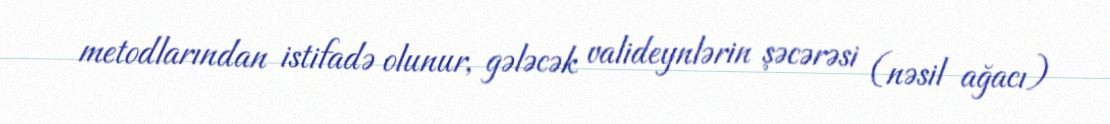
metodlarından istifadə olunur, gələcək valideynlərin şəcərəsi (nəsil ağacı)